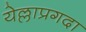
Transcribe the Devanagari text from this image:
येल्लाप्रगदा